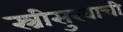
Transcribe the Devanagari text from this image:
स्त्रीसुखाची